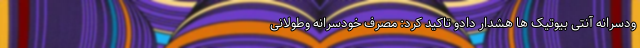
ودسرانه آنتی بیوتیک ها هشدار دادو تاکید کرد: مصرف خودسرانه وطولانی